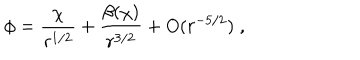
\phi = \frac { \chi } { r ^ { 1 / 2 } } + \frac { \beta ( \chi ) } { r ^ { 3 / 2 } } + O ( r ^ { - 5 / 2 } ) \; ,